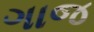
ગાજ